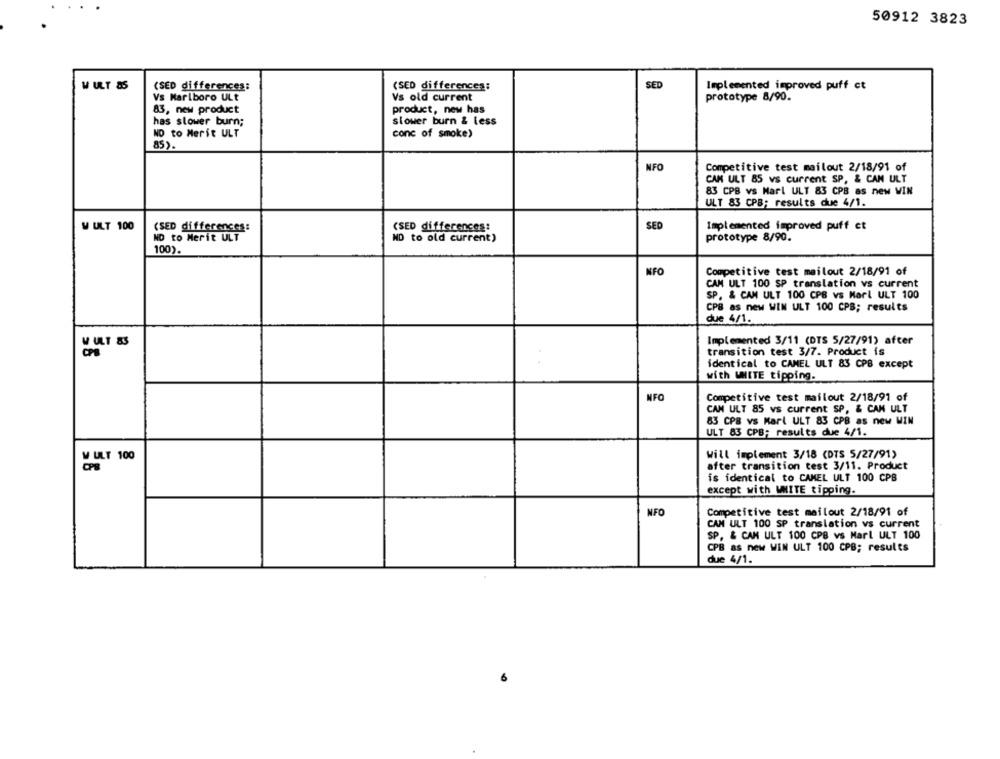
50912 3823
W ULT &
(SED differences:
(SED differences;
SED
Implemented improved puff et
Vs Marlboro ULt
Vs old current
prototype 8/90.
83, new product
product, new has
has slower burn;
slower burn & less
NO to Merit ULT
conc of smoke)
85).
NFO
Competitive test mailout 2/18/91 of
CAN ULT 85 vs current SP. & CAN ULT
83 CPB vs Marl ULT 83 CPB as new WIN
ULT 83 CPB; results due 4/1.
W ULT 100
(SED differences:
(SED differences:
SED
Implemented improved puff et
NO to Merit ULT
ND to old current)
prototype 8/90.
100).
NFO
Competitive test mailout 2/18/91 of
CAM ULT 100 SP translation vs current
SP. & CAM ULT 100 CPB vs Marl ULT 100
CPB as new WIN ULT 100 CPS; results
due 4/1.
W ULT &
Implemented 3/11 (DTS 5/27/91) after
transition test 3/7. Product is
identical to CAMEL ULT 83 CPB except
with WHITE tipping.
NFO
Competitive test mailout 2/18/91 of
CAN ULT 85 vs current SP, & CAM ULT
83 CPS vs Karl ULT 83 CPB as new WIN
ULT 83 CPB; results due 4/1.
W ULT 100
Will implement 3/18 (DTS 5/27/91)
after transition test 3/11. Product
is identical to CAMEL ULT 100 CPB
except with WITE tipping.
NFO
Competitive test mailout 2/18/91 of
CAM ULT 100 SP translation vs current
SP. & CAM ULT 100 CPB vs Marl ULT 100
CPB as new WIN ULT 100 CPB; results
due 4/1.